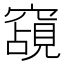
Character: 𮄗